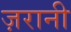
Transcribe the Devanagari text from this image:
ज़रानी